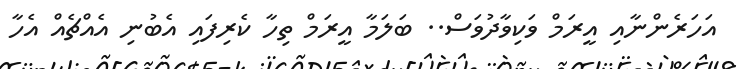
އަހަރެންނާއި އީރަމް ވަކިވާދުވަސް.. ބަލަމާ އީރަމް ތިހާ ކެރިފައި އެބުނި އެއްޗެއް އެހާ